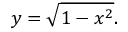
y = { \sqrt { 1 - x ^ { 2 } } } .